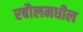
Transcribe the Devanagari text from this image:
रबौलमधील